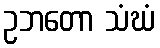
ဥဘတော သံဃံ